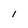
Character: l